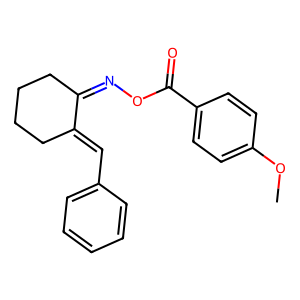
SMILES: COc1ccc(C(=O)ON=C2CCCCC2=Cc2ccccc2)cc1
Inhibits HIV replication: No